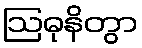
ဩဓုနိတွာ